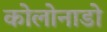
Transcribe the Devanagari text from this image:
कोलोनाडो